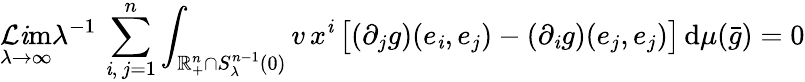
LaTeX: \operatorname*{\mathcal{L}\mathit{i}m}_{\lambda\to\infty}\lambda^{-1}\, \sum_{\mathit{i},\, j=1}^{n}\int_{\mathbb{{R}}_{+}^{n}\cap{S}_{\lambda}^{n-1}(0)}v\, x^{\mathit{i}}\, \big[(\partial_{j}g)(e_{\mathit{i}},e_{j})-(\partial_{\mathit{i}}g)(e_{j},e_{j})\big]\, \mathrm{{d}}\mu(\bar{{g}})=0